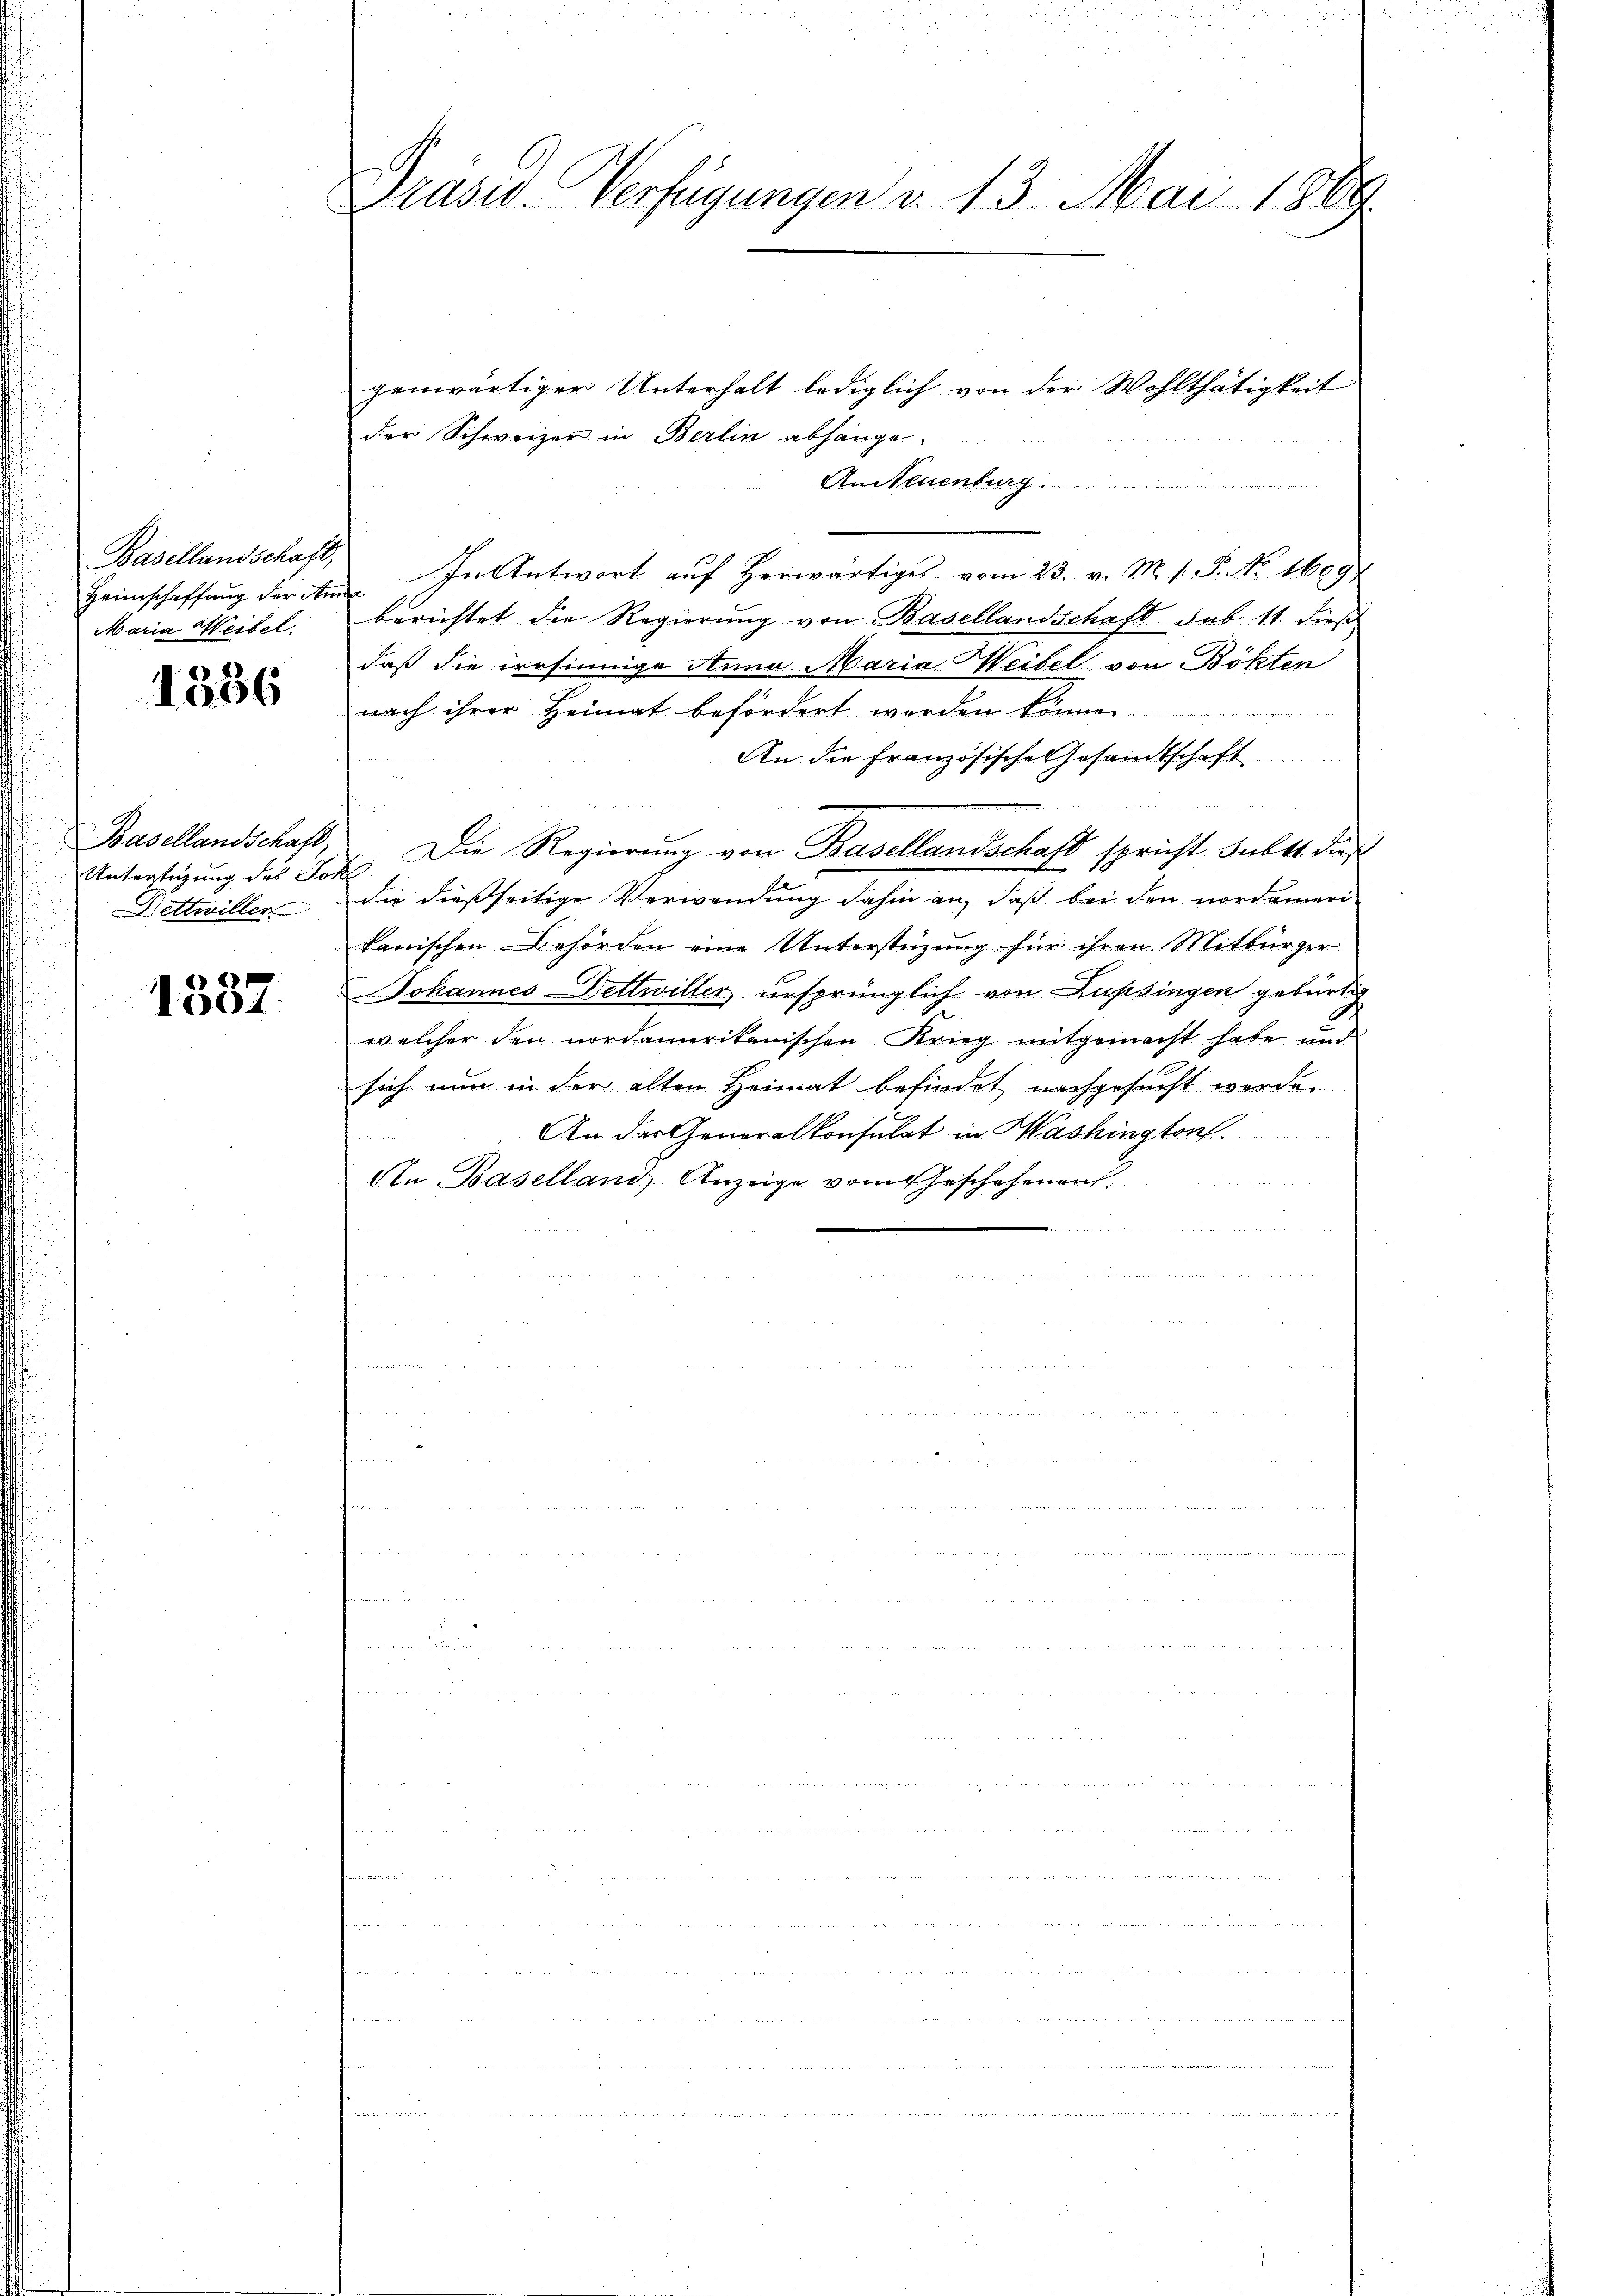
Heimschaffung der Anna
Maria Weibel.

1536

Unterstüzung des Joh.
Dettwiller

1337

Prasis. Verfügungen v. 13. Mai 1889

genwärtiger Unterhalt lediglich von der Wohlthätigkeit
der Schweizer in Berlin abhänge.
An Steuenburg.
n
Basellandschaft, In Antwort auf Herwärtiges vom 23. v. M. 1. P. No. 1609
berichtet die Regierung von Basellandschaft sub 11. dieß
daß die irrsinnige Anna Maria Weibel von Böhten
nach ihrer Heimat befördert werden könne.
An die Französische Gesandtschaft
Basellandschaft, Die Regierung von Basellandschaft spricht Subst dieß
die dießseitige Verwendung dahin an, daß bei den nordameri-
kanischen Behörden eine Unterstüzung für ihren Mitbürger
Johannes-Dettwiller ursprünglich von Lupsingen gebürtig
welcher den nordamerikanischen Krieg mitgemacht habe und
sich nun in der alten Heimat befindet nachgesucht werde.
An das Generalkonsulat in Washington.
An-Baselland Anzeige vom Geschehenen.